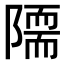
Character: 𨼏